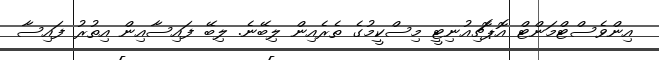
އިންވެސްޓްމަންޓް އޮޕޮޗިއުނިޓީ މިސްކީމުގެ ތެރެއިން ލިބޭނެ. ލިބޭ ފައިސާއިން އިތުރު ފައިސާ